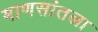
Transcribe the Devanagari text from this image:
माणसांतला